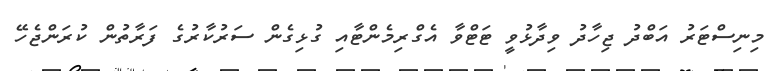
މިނިސްޓަރު އަބްދު ޖިހާދު ވިދާޅުވީ ޓަޓްވާ އެގްރިމެންޓާއި ގުޅިގެން ސަރުކާރުގެ ފަރާތުން ކުރަންޖެހޭ